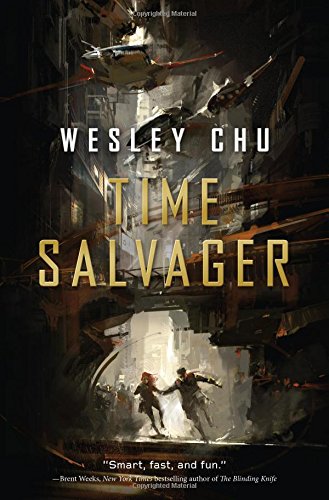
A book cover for Time Salvager; Wesley Chu; Science Fiction & Fantasy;